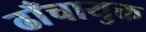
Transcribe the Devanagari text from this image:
ढाँचायुक्त